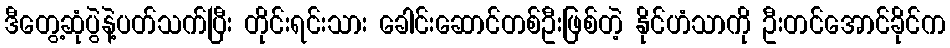
ဒီတွေ့ဆုံပွဲနဲ့ပတ်သက်ပြီး တိုင်းရင်းသား ခေါင်းဆောင်တစ်ဦးဖြစ်တဲ့ နိုင်ဟံသာကို ဦးတင်အောင်ခိုင်က